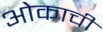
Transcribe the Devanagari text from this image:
ओकाची